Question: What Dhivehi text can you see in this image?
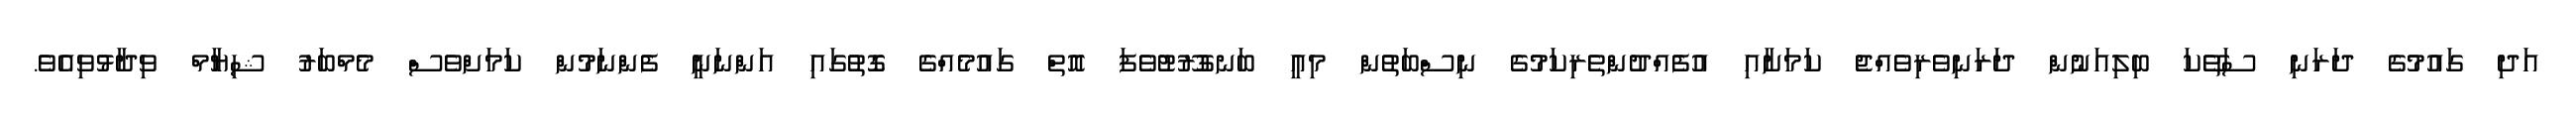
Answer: އަދި ގައުމުގެ ދަރަނި ސަތޭކަ ބިލިއަނުން ދަރަނިވެރިވެއްޖެ ކަމަށާއި އުފެއްދުންތެރިކަމުގެ ނިސްބަތުން މިއީ ބަނގުރޫޓުވެފަ އޮތް ގައުމެއްގެ ގޮތުގައި އަންނަނީ ފެންނަމުން ކަމަށްވެސް މެމްބަރު ޝިޔާމް ވިދާޅުވިއެވެ.